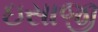
ઇસાજી